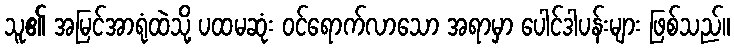
သူ၏ အမြင်အာရုံထဲသို့ ပထမဆုံး ဝင်ရောက်လာသော အရာမှာ ပေါင်ဒါပန်းများ ဖြစ်သည်။